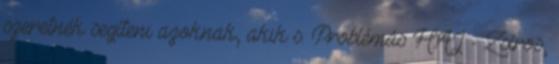
szeretnék segíteni azoknak, akik s. Problémás HAJ - Zsíros,